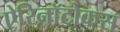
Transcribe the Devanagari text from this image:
ऐरिनॉटोकस